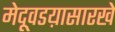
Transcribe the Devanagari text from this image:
मेदूवडय़ासारखे